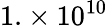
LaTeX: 1.\times 10^{10}